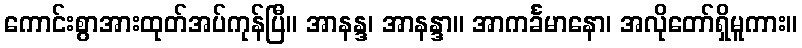
ကောင်းစွာအားထုတ်အပ်ကုန်ပြီ။ အာနန္ဒ၊ အာနန္ဒာ။ အာကင်္ခမာနော၊ အလိုတော်ရှိမူကား။